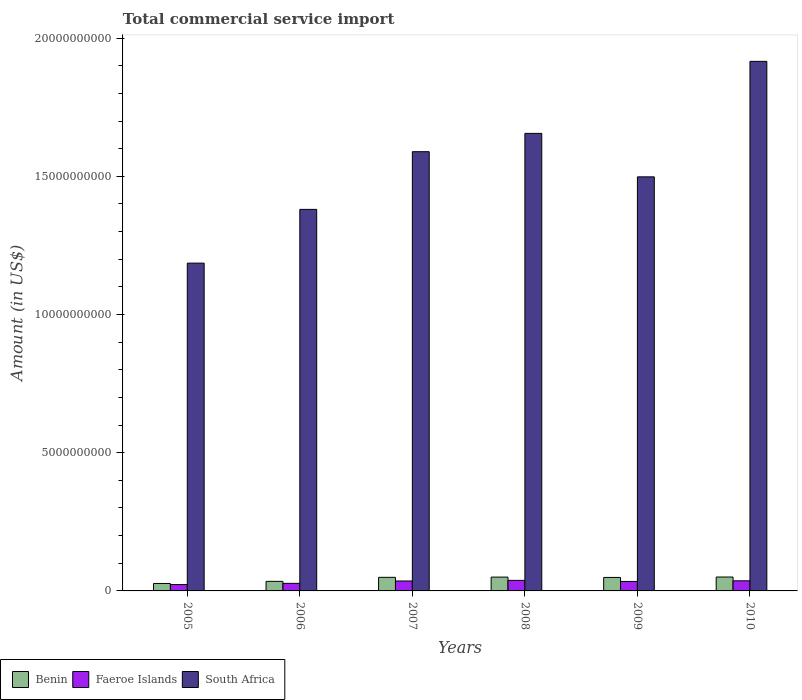
| Years | Benin | Faeroe Islands | South Africa |
 | --- | --- | --- | --- |
 | 2005 | 2.69e+08 | 2.3e+08 | 1.19e+10 |
 | 2006 | 3.46e+08 | 2.74e+08 | 1.38e+10 |
 | 2007 | 4.91e+08 | 3.59e+08 | 1.59e+10 |
 | 2008 | 5e+08 | 3.82e+08 | 1.66e+10 |
 | 2009 | 4.88e+08 | 3.43e+08 | 1.5e+10 |
 | 2010 | 5.03e+08 | 3.66e+08 | 1.92e+10 |